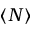
\left\langle N \right\rangle